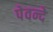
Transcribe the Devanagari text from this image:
पेवन्दे